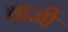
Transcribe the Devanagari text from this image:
वार्जी